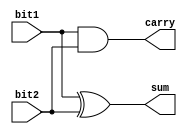
module ex2
(
   bit1,
   bit2,
   sum,
   carry
);
 
  input  bit1;
  input  bit2;
  output sum;
  output carry;
 
  assign sum   = bit1 ^ bit2;  
  assign carry = bit1 & bit2;  
 
endmodule